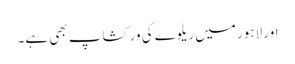
اور لاہور میں ریلوے کی ورکشاپ بھی ہے۔